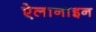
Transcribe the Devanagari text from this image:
ऐलानाइन